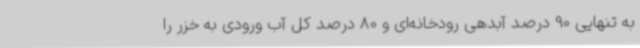
به تنهایی 90 درصد آبدهی رودخانه‌ای و 80 درصد کل آب ورودی به خزر را